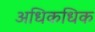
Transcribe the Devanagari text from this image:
अधिकधिक